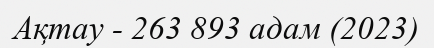
Ақтау - 263 893 адам (2023)